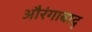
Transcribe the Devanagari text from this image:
औरंगाबाद्